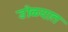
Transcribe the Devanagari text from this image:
डोळयात